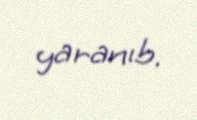
yaranıb.